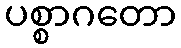
ပစ္စာဂတော